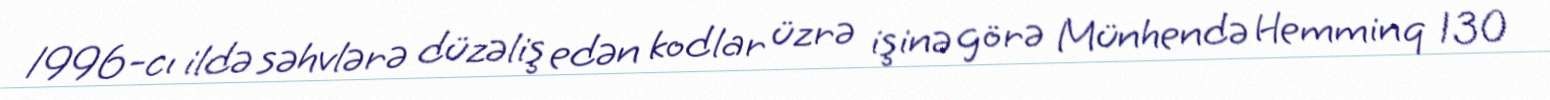
1996-cı ildə səhvlərə düzəliş edən kodlar üzrə işinə görə Münhendə Hemminq 130